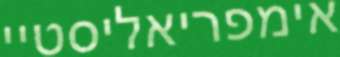
אימפריאליסטיי